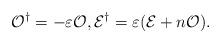
LaTeX: \begin{align*} {\cal O}^{\dagger} = - \varepsilon {\cal O}, {\cal E}^{\dagger} = \varepsilon ({\cal E}+n{\cal O}). \end{align*}